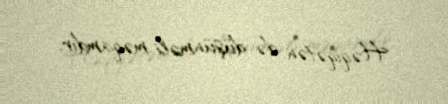
Həqiqətən də düşünməli məqamdır.